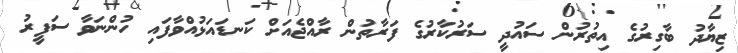
ޒިޔާދު ބާގިރުގެ އިތުރުން ސައުދީ ސަރުކާރުގެ ފަރާތުން ރާއްޖެއަށް ކަނޑައަޅުއްވާފައި ހުންނަވާ ސަފީރު